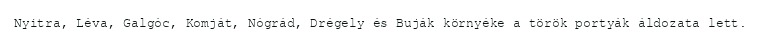
Nyitra, Léva, Galgóc, Komját, Nógrád, Drégely és Buják környéke a török portyák áldozata lett.